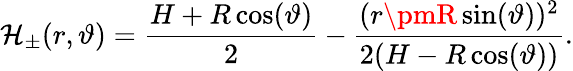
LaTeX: \mathcal{H}_{\pm}(r,\vartheta)=\frac{{H+R\cos(\vartheta)}}{{2}}-\frac{{(r\pmR\sin(\vartheta))^{2}}}{{2(H-R\cos(\vartheta))}}.